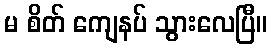
မ စိတ် ကျေနပ် သွားလေပြီ။